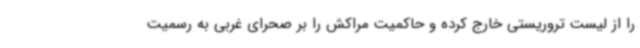
را از لیست تروریستی خارج کرده و حاکمیت مراکش را بر صحرای غربی به رسمیت